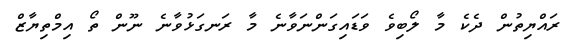
ރައްޔިތުން ދެކެ މާ ލޯބިވެ ވަޑައިގަންނަވާނެ މާ ރަނގަޅުވާނެ ނޫން ތޯ އިމްތިޔާޒް